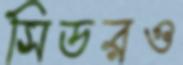
সিডরও